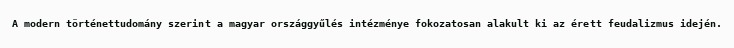
A modern történettudomány szerint a magyar országgyűlés intézménye fokozatosan alakult ki az érett feudalizmus idején.